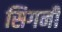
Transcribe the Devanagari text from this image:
सिगनी